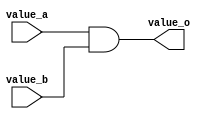
module AndUnit (
    input value_a, value_b,
    output value_o
);
    assign value_o = value_a & value_b;
endmodule